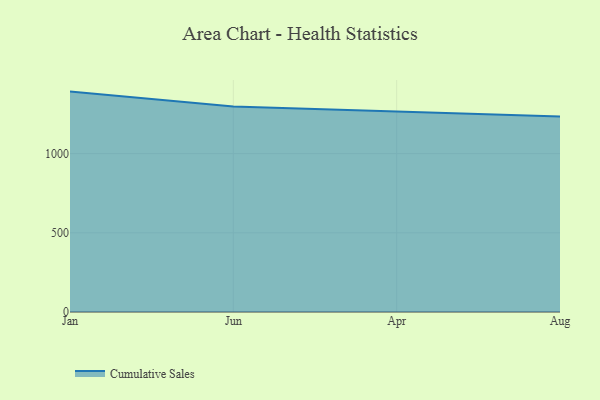
{"axis": {"x": "Month", "y": "Net Income (USD K)"}, "legend": ["Cumulative Sales"], "data": [{"x": "Jan", "y": 1391.5, "type": "Cumulative Sales"}, {"x": "Jun", "y": 1297.6, "type": "Cumulative Sales"}, {"x": "Apr", "y": 1265.2, "type": "Cumulative Sales"}, {"x": "Aug", "y": 1234.2, "type": "Cumulative Sales"}]}